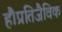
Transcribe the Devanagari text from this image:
हैं।प्रतिजैविक